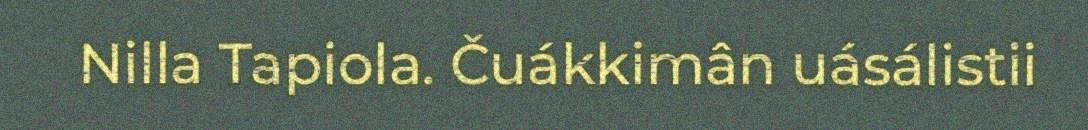
Nilla Tapiola. Čuákkimân uásálistii